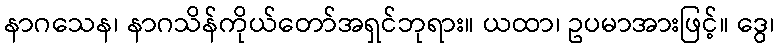
နာဂသေန၊ နာဂသိန်ကိုယ်တော်အရှင်ဘုရား။ ယထာ၊ ဥပမာအားဖြင့်။ ဒွေ၊